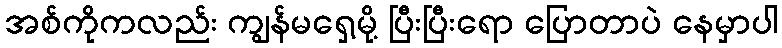
အစ်ကိုကလည်း ကျွန်မရှေ့မို့ ပြီးပြီးရော ပြောတာပဲ နေမှာပါ